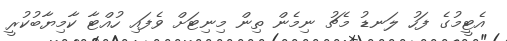
އެޓީމުގެ ފަހު ލަނޑު މެޗު ނިމެން ތިން މިނިޓަށް ވެފައި ހުއްޓާ ކާމިޔާބުކުރީ